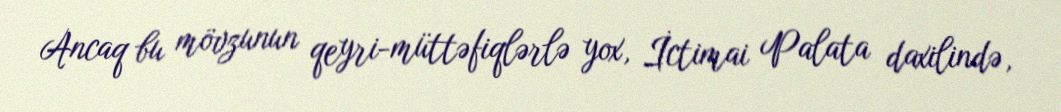
Ancaq bu mövzunun qeyri-müttəfiqlərlə yox, İctimai Palata daxilində,